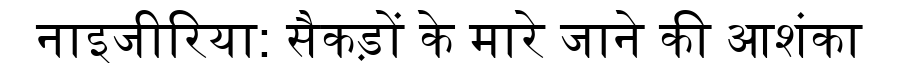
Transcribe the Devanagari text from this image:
नाइजीरिया: सैकड़ों के मारे जाने की आशंका